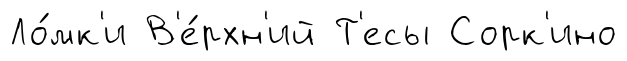
Ло́мк'и В'е́рхн'ий Т'есы Сорк'ино